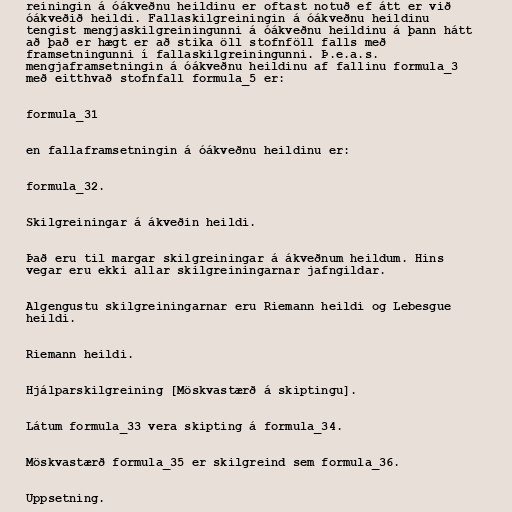
reiningin á óákveðnu heildinu er oftast notuð ef átt er við
óákveðið heildi. Fallaskilgreiningin á óákveðnu heildinu
tengist mengjaskilgreiningunni á óákveðnu heildinu á þann hátt
að það er hægt er að stika öll stofnföll falls með
framsetningunni í fallaskilgreiningunni. Þ.e.a.s.
mengjaframsetningin á óákveðnu heildinu af fallinu formula_3
með eitthvað stofnfall formula_5 er:

formula_31

en fallaframsetningin á óákveðnu heildinu er:

formula_32.

Skilgreiningar á ákveðin heildi.

Það eru til margar skilgreiningar á ákveðnum heildum. Hins
vegar eru ekki allar skilgreiningarnar jafngildar.

Algengustu skilgreiningarnar eru Riemann heildi og Lebesgue
heildi.

Riemann heildi.

Hjálparskilgreining [Möskvastærð á skiptingu].

Látum formula_33 vera skipting á formula_34.

Möskvastærð formula_35 er skilgreind sem formula_36.

Uppsetning.